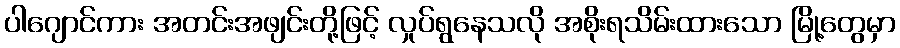
ပါဂျောင်ကား အတင်းအဖျင်းတို့ဖြင့် လှုပ်ရွနေသလို အစိုးရသိမ်းထားသော မြို့တွေမှာ